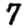
Digit: 7